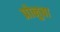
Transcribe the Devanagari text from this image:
प्रोनुबा